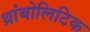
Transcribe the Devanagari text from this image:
थ्रांबोलिटिक